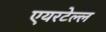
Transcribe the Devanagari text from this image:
एयरटेल्ल